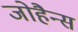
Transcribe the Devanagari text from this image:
जोहैन्स